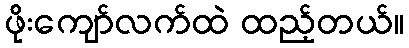
ဖိုးကျော်လက်ထဲ ထည့်တယ်။